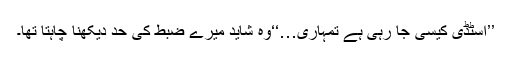
’’اسٹڈی کیسی جا رہی ہے تمہاری…‘‘وہ شاید میرے ضبط کی حد دیکھنا چاہتا تھا۔